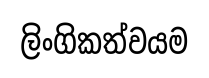
ලිංගිකත්වයම